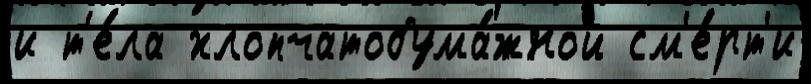
и т'е́ла хлопчатобума́жной см'е́рт'и